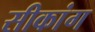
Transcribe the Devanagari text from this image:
सीकांग